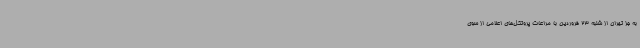
به جز تهران از شنبه 23 فروردین با مراعات پروتکل‌های اعلامی از سوی